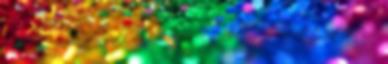
érthető a mondanivaló, akkor bocs. Egyébként nem lett érthető?